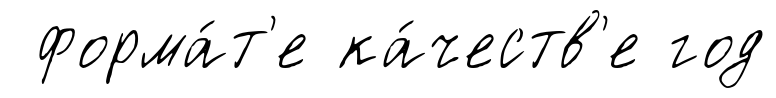
форма́т'е ка́честв'е год